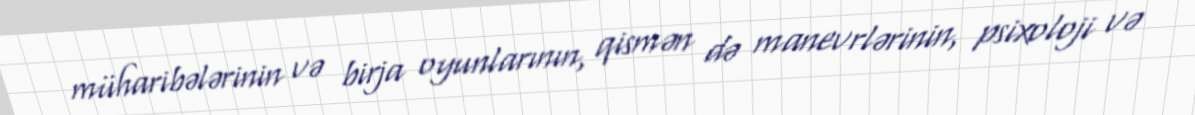
müharibələrinin və birja oyunlarının, qismən də manevrlərinin, psixoloji və